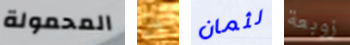
المحمولة هل لثمان زوبعة